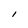
Character: I